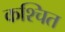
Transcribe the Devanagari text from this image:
कश्चित